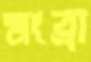
মংব্রা